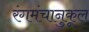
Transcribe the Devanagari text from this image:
रंगमंचानुकूल